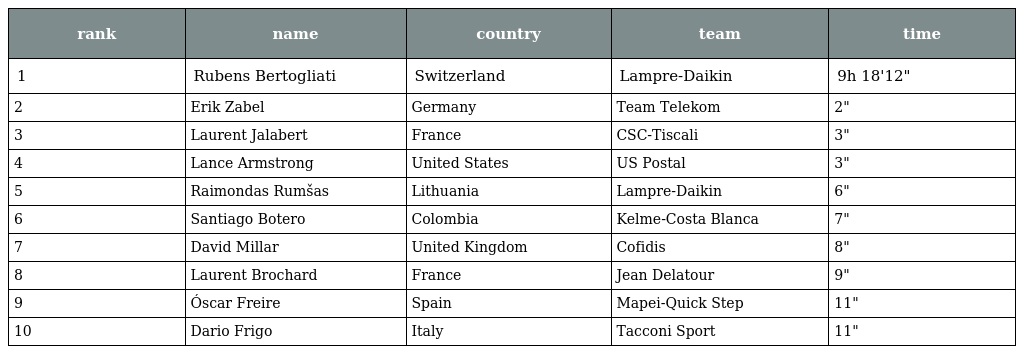
| rank | name | country | team | time |
 | --- | --- | --- | --- | --- |
 | 1 | Rubens Bertogliati | Switzerland | Lampre-Daikin | 9h 18'12" |
 | 2 | Erik Zabel | Germany | Team Telekom | 2" |
 | 3 | Laurent Jalabert | France | CSC-Tiscali | 3" |
 | 4 | Lance Armstrong | United States | US Postal | 3" |
 | 5 | Raimondas Rumšas | Lithuania | Lampre-Daikin | 6" |
 | 6 | Santiago Botero | Colombia | Kelme-Costa Blanca | 7" |
 | 7 | David Millar | United Kingdom | Cofidis | 8" |
 | 8 | Laurent Brochard | France | Jean Delatour | 9" |
 | 9 | Óscar Freire | Spain | Mapei-Quick Step | 11" |
 | 10 | Dario Frigo | Italy | Tacconi Sport | 11" |